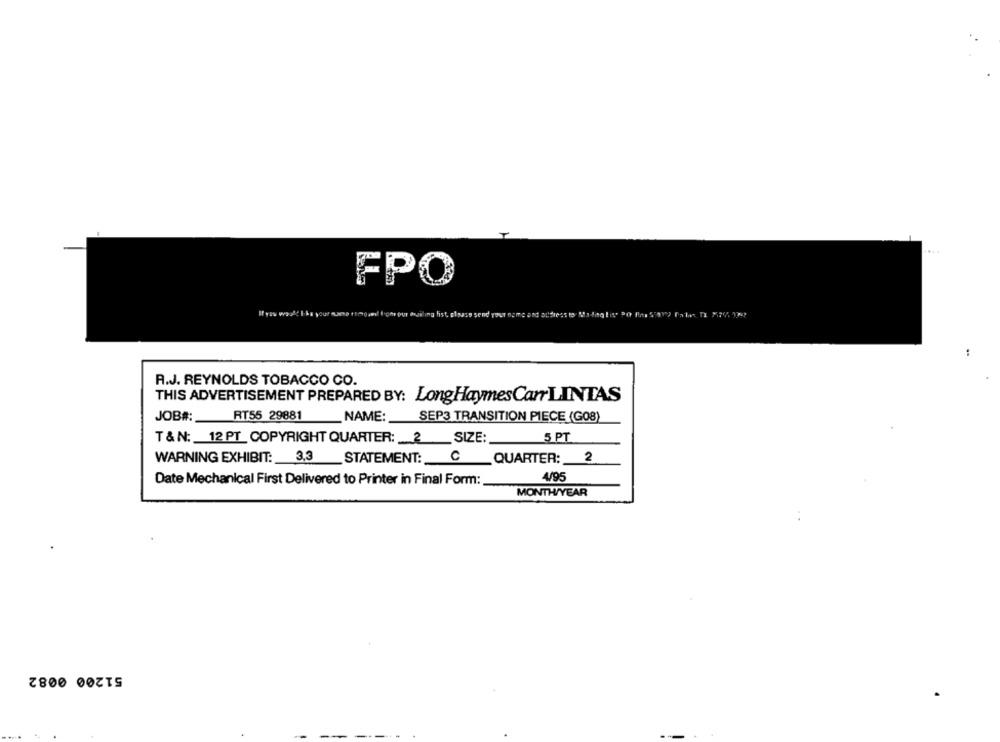
FPO
Send YOUT
R.J. REYNOLDS TOBACCO CO.
THIS ADVERTISEMENT PREPARED BY: LongHaymesCar LINTAS
JOB#: RT55 29881 NAME: SEP3 TRANSITION PIECE (G08)
T & N: 12 PT COPYRIGHT QUARTER: 2 SIZE:
5 PT
WARNING EXHIBIT: 3,3
STATEMENT: C QUARTER: 2
Date Mechanical First Delivered to Printer in Final Form:
4/95
MONTH/YEAR
51200 0082